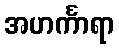
အဟင်္ကာရာ